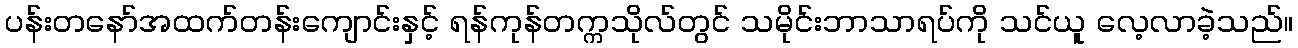
ပန်းတနော်အထက်တန်းကျောင်းနှင့် ရန်ကုန်တက္ကသိုလ်တွင် သမိုင်းဘာသာရပ်ကို သင်ယူ လေ့လာခဲ့သည်။